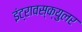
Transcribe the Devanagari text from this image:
इंट्रावस्क्युलर